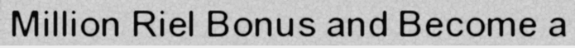
Million Riel Bonus and Become a